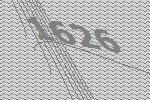
1626